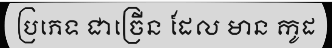
ប្រភេទ ជាច្រើន ដែល មាន កូដ